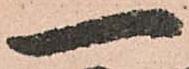
一